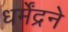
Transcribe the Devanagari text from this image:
धर्मेंद्रने